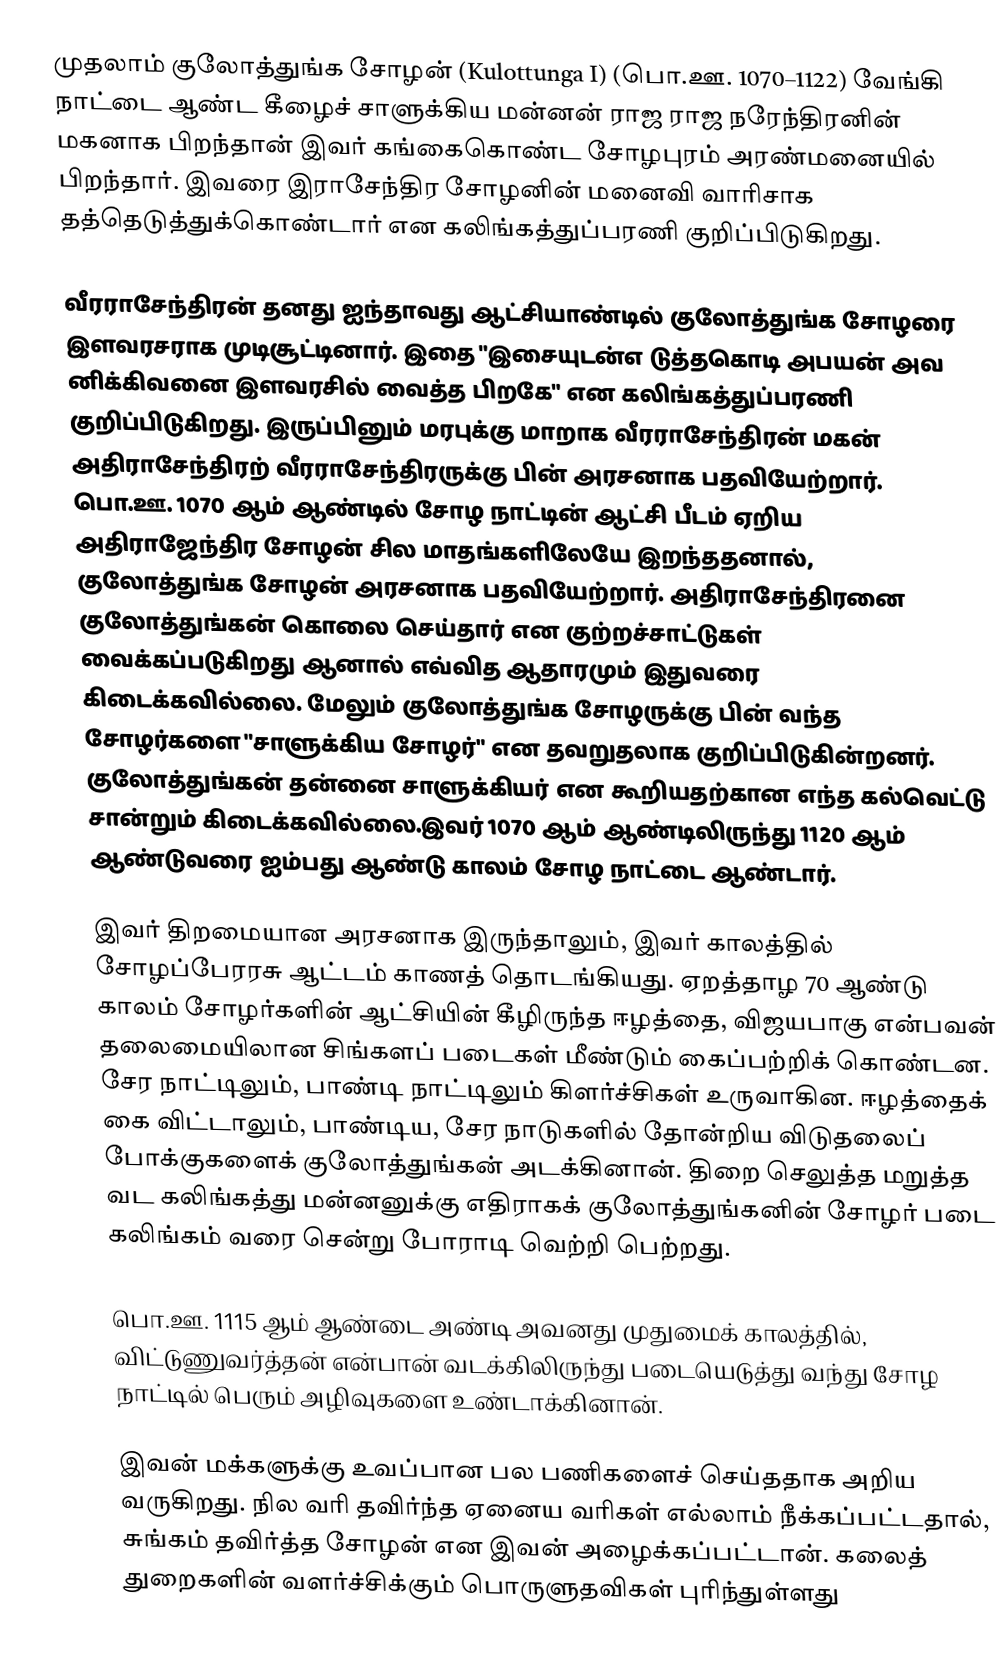
முதலாம் குலோத்துங்க சோழன் (Kulottunga I) (பொ.ஊ. 1070–1122) வேங்கி நாட்டை ஆண்ட கீழைச் சாளுக்கிய மன்னன்  ராஜ ராஜ நரேந்திரனின் மகனாக பிறந்தான் இவர் கங்கைகொண்ட சோழபுரம் அரண்மனையில் பிறந்தார். இவரை இராசேந்திர சோழனின் மனைவி வாரிசாக தத்தெடுத்துக்கொண்டார் என கலிங்கத்துப்பரணி குறிப்பிடுகிறது.

வீரராசேந்திரன் தனது ஐந்தாவது ஆட்சியாண்டில் குலோத்துங்க சோழரை இளவரசராக முடிசூட்டினார். இதை "இசையுடன்எ டுத்தகொடி அபயன் அவ னிக்கிவனை இளவரசில் வைத்த பிறகே" என கலிங்கத்துப்பரணி குறிப்பிடுகிறது. இருப்பினும் மரபுக்கு மாறாக வீரராசேந்திரன் மகன் அதிராசேந்திரற் வீரராசேந்திரருக்கு பின் அரசனாக பதவியேற்றார். பொ.ஊ. 1070 ஆம் ஆண்டில் சோழ நாட்டின் ஆட்சி பீடம் ஏறிய அதிராஜேந்திர சோழன் சில மாதங்களிலேயே இறந்ததனால், குலோத்துங்க சோழன் அரசனாக பதவியேற்றார். அதிராசேந்திரனை குலோத்துங்கன் கொலை செய்தார் என குற்றச்சாட்டுகள் வைக்கப்படுகிறது ஆனால் எவ்வித ஆதாரமும் இதுவரை கிடைக்கவில்லை. மேலும் குலோத்துங்க சோழருக்கு பின் வந்த சோழர்களை "சாளுக்கிய சோழர்" என தவறுதலாக குறிப்பிடுகின்றனர். குலோத்துங்கன் தன்னை சாளுக்கியர் என கூறியதற்கான எந்த கல்வெட்டு சான்றும் கிடைக்கவில்லை.இவர் 1070 ஆம் ஆண்டிலிருந்து 1120 ஆம் ஆண்டுவரை ஐம்பது ஆண்டு காலம் சோழ நாட்டை ஆண்டார்.

இவர் திறமையான அரசனாக இருந்தாலும், இவர் காலத்தில் சோழப்பேரரசு ஆட்டம் காணத் தொடங்கியது. ஏறத்தாழ 70 ஆண்டு காலம் சோழர்களின் ஆட்சியின் கீழிருந்த ஈழத்தை, விஜயபாகு என்பவன் தலைமையிலான சிங்களப் படைகள் மீண்டும் கைப்பற்றிக் கொண்டன. சேர நாட்டிலும், பாண்டி நாட்டிலும் கிளர்ச்சிகள் உருவாகின. ஈழத்தைக் கை விட்டாலும், பாண்டிய, சேர நாடுகளில் தோன்றிய விடுதலைப் போக்குகளைக் குலோத்துங்கன் அடக்கினான். திறை செலுத்த மறுத்த வட கலிங்கத்து மன்னனுக்கு எதிராகக் குலோத்துங்கனின் சோழர் படை கலிங்கம் வரை சென்று போராடி வெற்றி பெற்றது.

பொ.ஊ. 1115 ஆம் ஆண்டை அண்டி அவனது முதுமைக் காலத்தில், விட்டுணுவர்த்தன் என்பான் வடக்கிலிருந்து படையெடுத்து வந்து சோழ நாட்டில் பெரும் அழிவுகளை உண்டாக்கினான்.

இவன் மக்களுக்கு உவப்பான பல பணிகளைச் செய்ததாக அறிய வருகிறது. நில வரி தவிர்ந்த ஏனைய வரிகள் எல்லாம் நீக்கப்பட்டதால்,  சுங்கம் தவிர்த்த சோழன் என இவன் அழைக்கப்பட்டான். கலைத் துறைகளின் வளர்ச்சிக்கும் பொருளுதவிகள் புரிந்துள்ளது